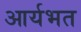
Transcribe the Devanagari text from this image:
आर्यभत